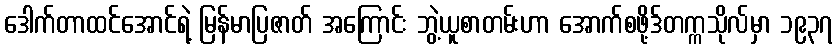
ဒေါက်တာထင်အောင်ရဲ့ မြန်မာပြဇာတ် အကြောင်း ဘွဲ့ယူစာတမ်းဟာ အောက်စဖို့ဒ်တက္ကသိုလ်မှာ ၁၉၃၇